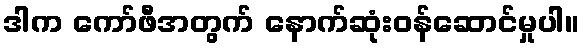
ဒါက ကော်ဖီအတွက် နောက်ဆုံးဝန်ဆောင်မှုပါ။